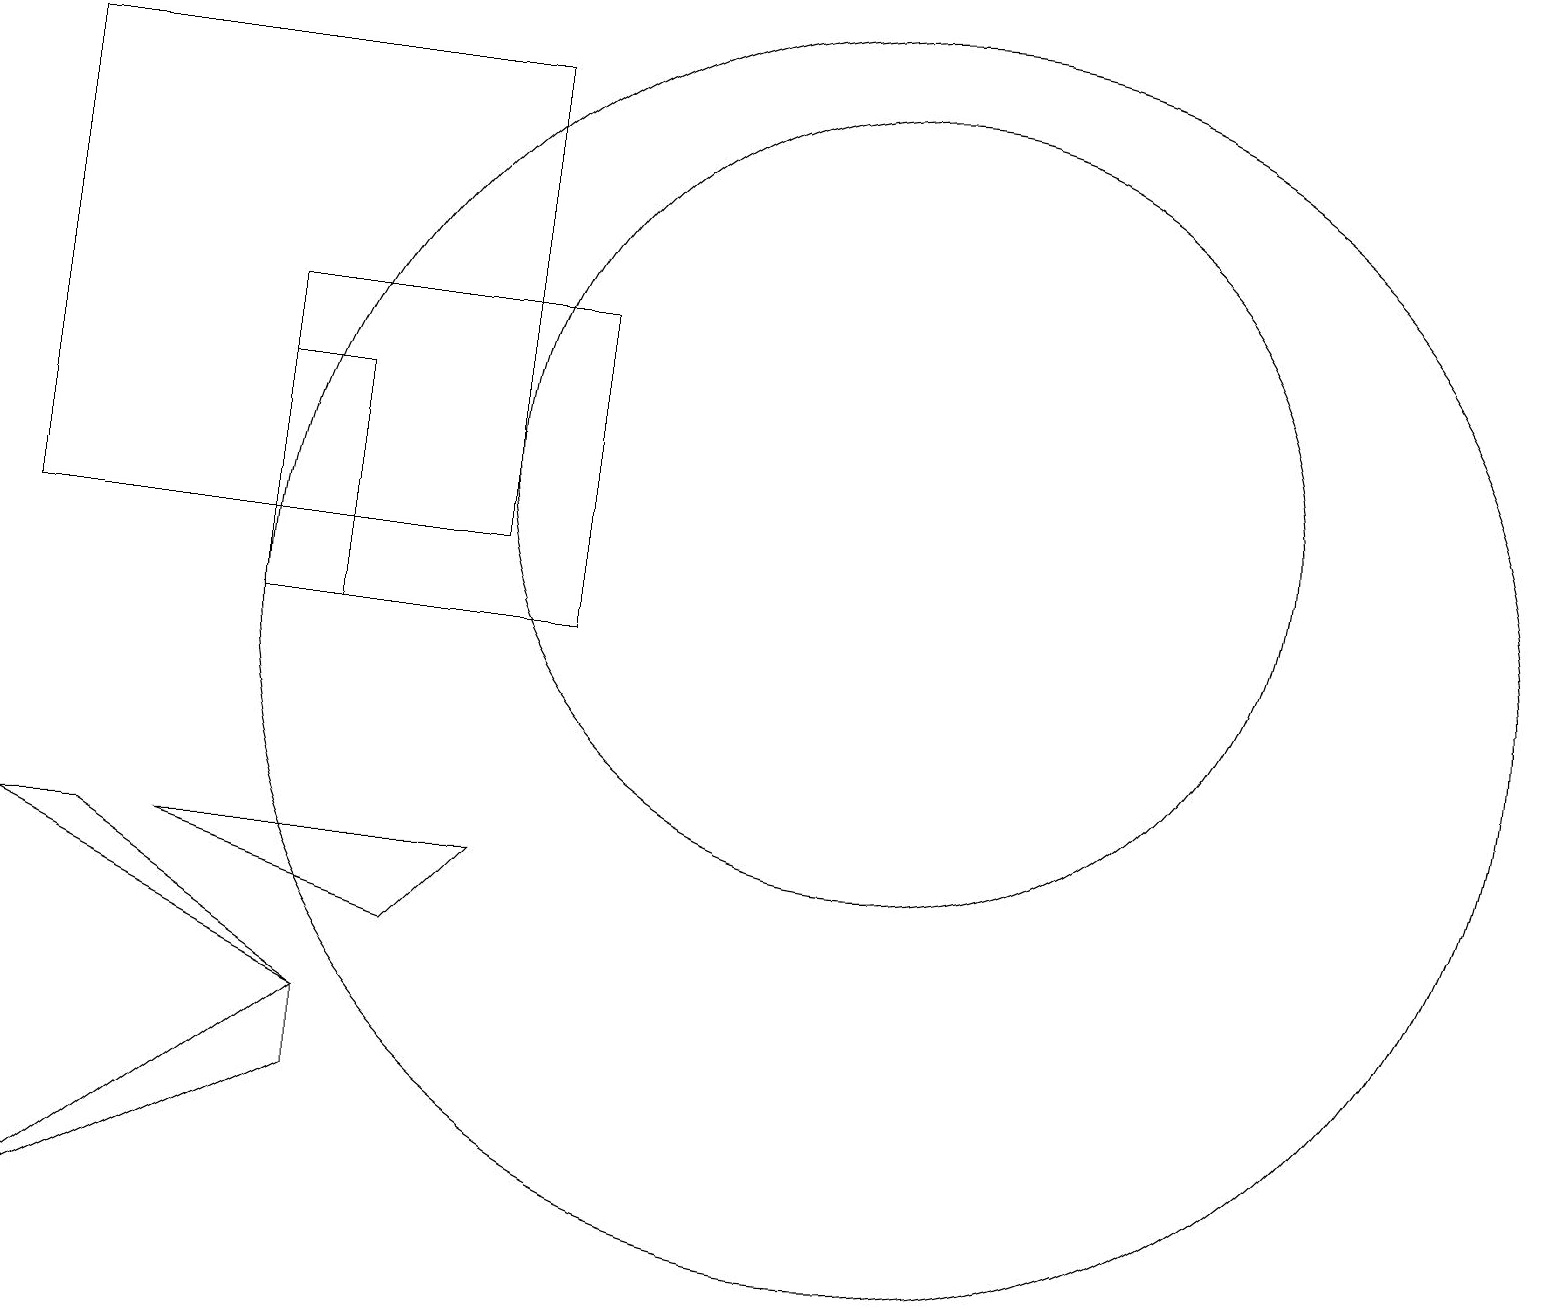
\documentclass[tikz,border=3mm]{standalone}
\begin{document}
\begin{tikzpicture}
\draw (7,10) rectangle (3,14);
\draw (5,6) -- (6,7) -- (2,7) -- cycle;
\draw (4,4) -- (4,5) -- (0,2) -- cycle;
\draw (3,10) rectangle (4,13);
\draw (1,7) -- (0,7) -- (4,5) -- cycle;
\draw (11,12) circle (5);
\draw (11,10) circle (8);
\draw (0,17) rectangle (6,11);
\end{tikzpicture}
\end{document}